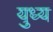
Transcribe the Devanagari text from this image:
युध्य